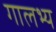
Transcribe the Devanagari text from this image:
गालभ्य